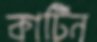
কার্টিন